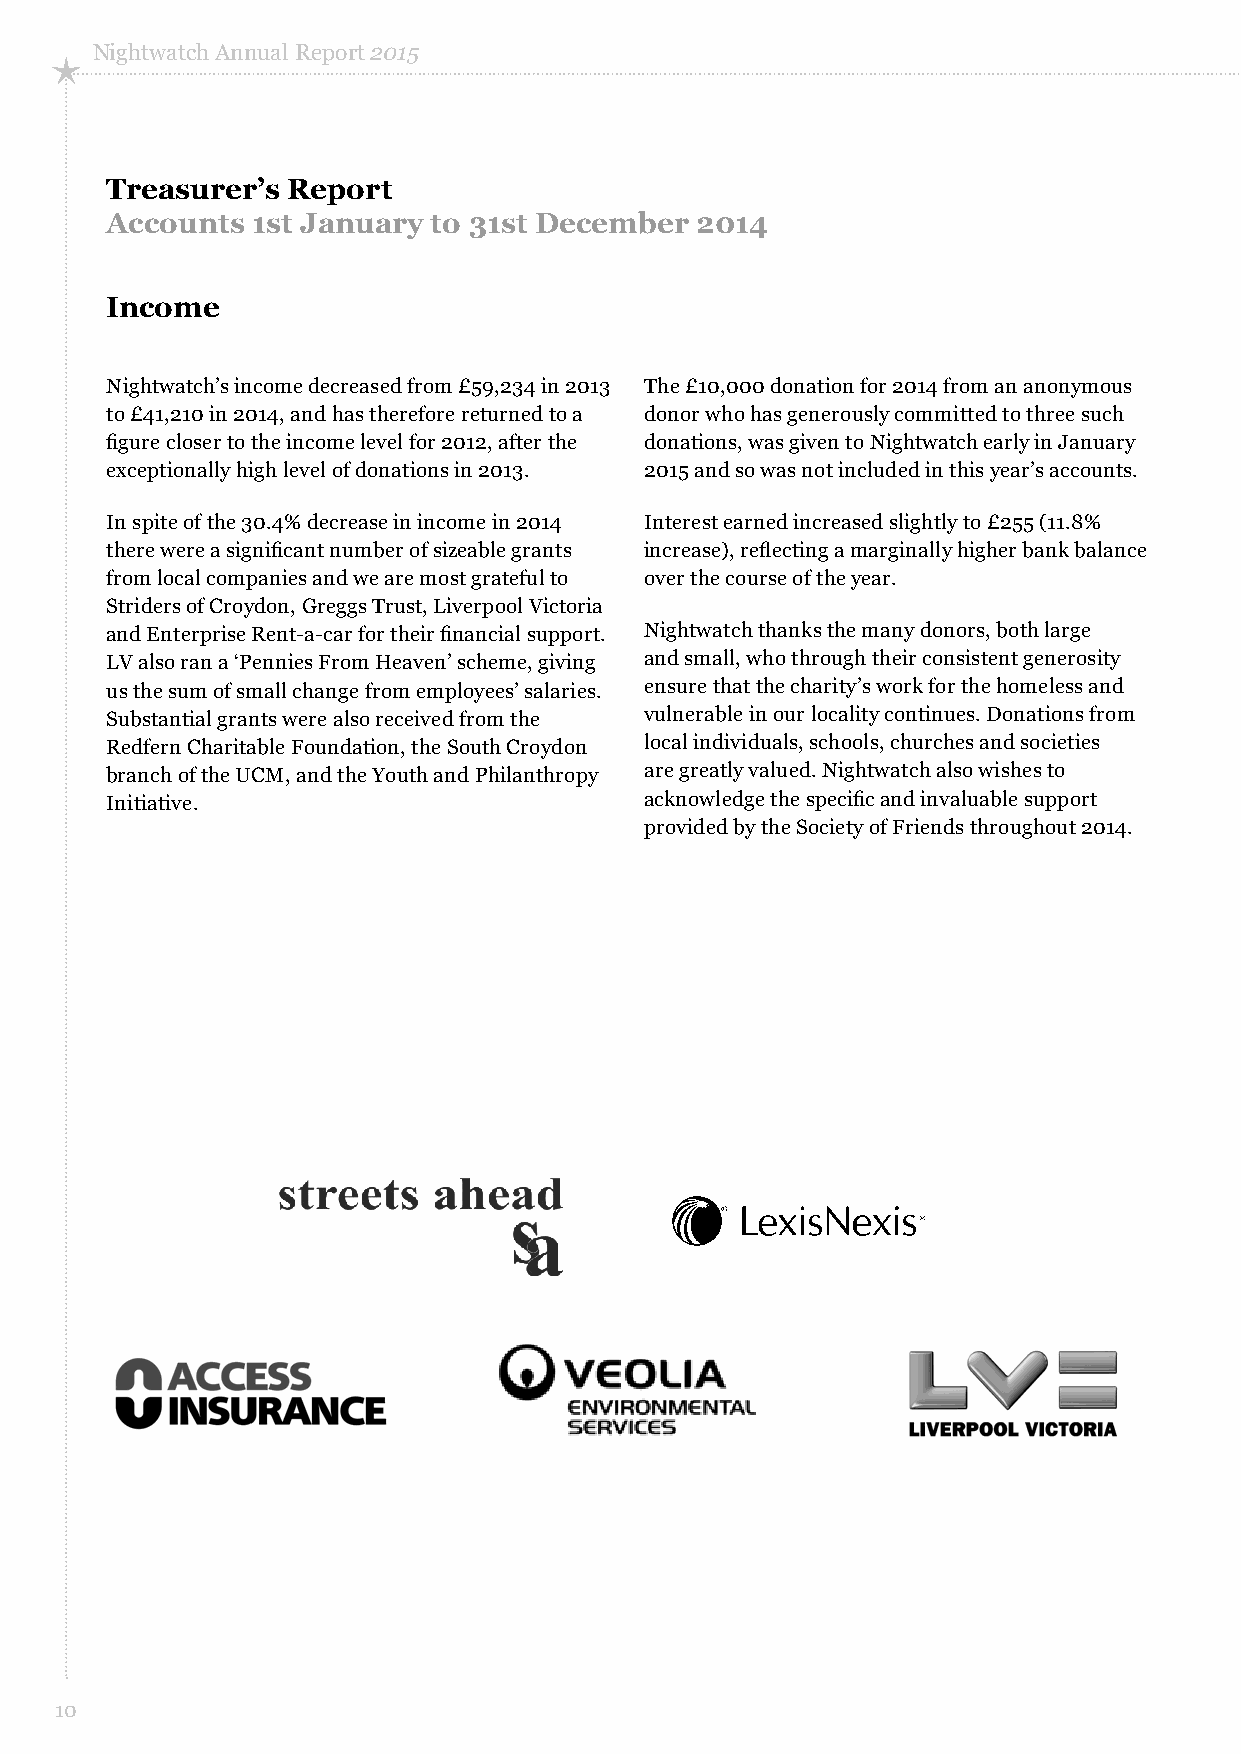
Nightwatch Annual Report 2015
 Treasurer’s Report
 Accounts  1st January to 31st December 2014
 Income
 Nightwatch’s income decreased from £59,234 in 2013 The £10,000 donation for 2014 from an anonymous
 to £41,210 in 2014, and has therefore returned to a donor who has generously committed to three such
 figure closer to the income level for 2012, after the donations, was given to Nightwatch early in January
 exceptionally high level of donations in 2013. 2015 and so was not included in this year’s accounts.
 In spite of the 30.4% decrease in income in 2014 Interest earned increased slightly to £255 (11.8%
 there were a significant number of sizeable grants increase), reflecting a marginally higher bank balance
 from local companies and we are most grateful to over the course of the year.
 Striders of Croydon, Greggs Trust, Liverpool Victoria
 and Enterprise Rent-a-car for their financial support. Nightwatch thanks the many donors, both large
 LV also ran a ‘Pennies From Heaven’ scheme, giving and small, who through their consistent generosity
 us the sum of small change from employees’ salaries. ensure that the charity’s work for the homeless and
 Substantial grants were also received from the vulnerable in our locality continues. Donations from
 Redfern Charitable Foundation, the South Croydon local individuals, schools, churches and societies
 branch of the UCM, and the Youth and Philanthropy are greatly valued. Nightwatch also wishes to
 Initiative.                         acknowledge the specific and invaluable support
 provided by the Society of Friends throughout 2014.
 10